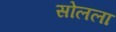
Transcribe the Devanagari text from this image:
सोलला